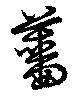
薔